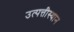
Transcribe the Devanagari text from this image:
उत्पत्तीस्थान